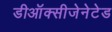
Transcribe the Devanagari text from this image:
डीऑक्सीजेनेटेड